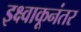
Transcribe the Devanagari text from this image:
इक्ष्वाकूनंतर